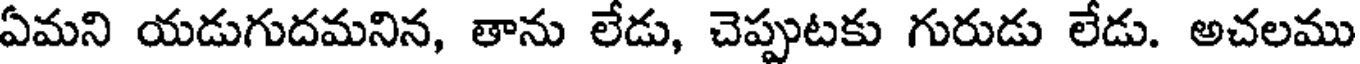
ఏమని యడుగుదమనిన, తాను లేడు, చెప్పుటకు గురుడు లేడు. అచలము